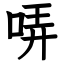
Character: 哢